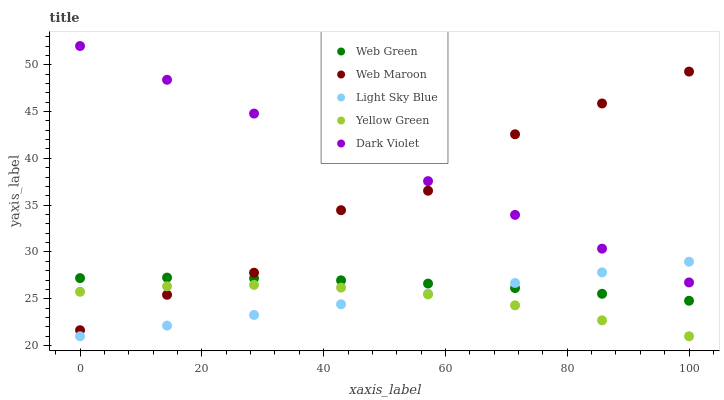
| xaxis_label | Web Green | Web Maroon | Light Sky Blue | Yellow Green | Dark Violet |
 | --- | --- | --- | --- | --- | --- |
 | 0 | 27.2 | 21.6 | 21 | 25.8 | 52 |
 | 14.3 | 27.3 | 25.4 | 22.1 | 26.3 | 48.4 |
 | 28.6 | 27.2 | 27.8 | 23.3 | 26.5 | 44.8 |
 | 42.9 | 27 | 34.5 | 24.4 | 26.2 | 41.2 |
 | 57.1 | 26.6 | 36.5 | 25.6 | 25.5 | 37.6 |
 | 71.4 | 26.1 | 42.6 | 26.7 | 24.3 | 34 |
 | 85.7 | 25.5 | 45.9 | 27.8 | 22.7 | 30.4 |
 | 100 | 24.8 | 49.3 | 29 | 21 | 26.7 |